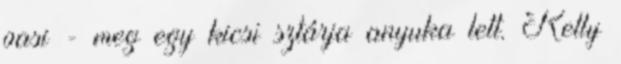
pasi - meg egy kicsi sztárja anyuka lett. Kelly